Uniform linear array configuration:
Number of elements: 32
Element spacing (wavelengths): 0.25
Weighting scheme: binomial
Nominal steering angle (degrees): -30
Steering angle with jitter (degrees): -29.984
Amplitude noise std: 0.05
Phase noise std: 0.05

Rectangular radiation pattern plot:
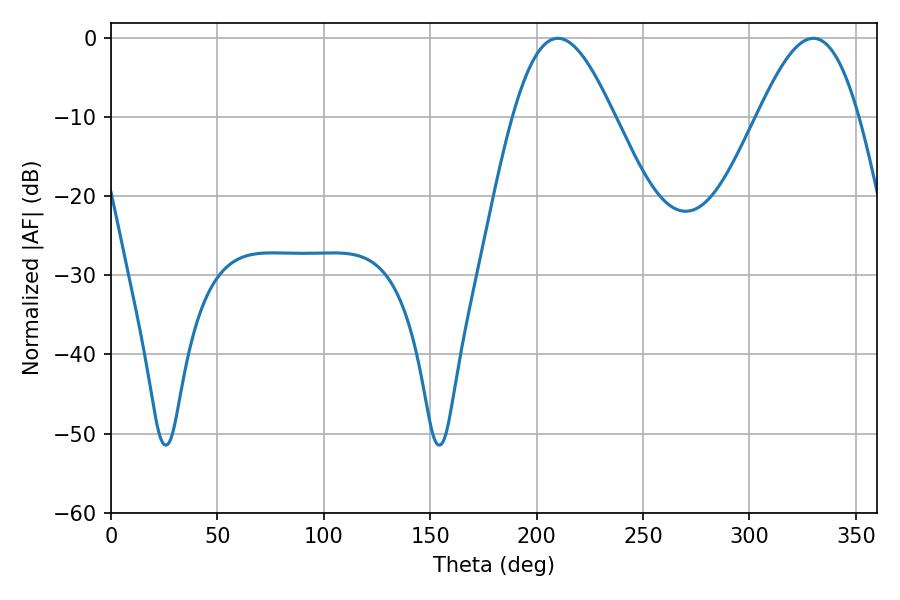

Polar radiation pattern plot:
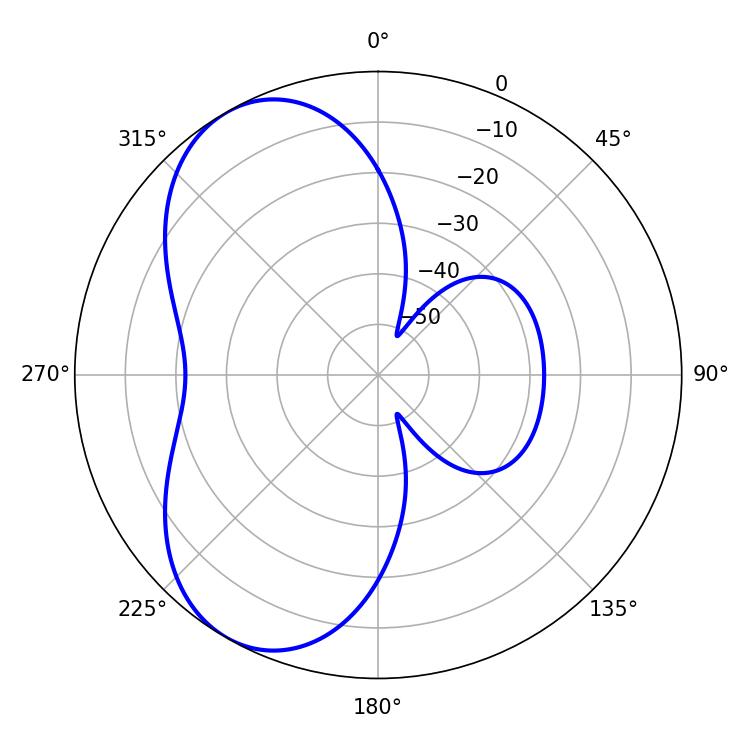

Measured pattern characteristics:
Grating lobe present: FALSE
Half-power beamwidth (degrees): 25.56
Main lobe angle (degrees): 210.06